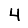
Digit: 4